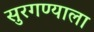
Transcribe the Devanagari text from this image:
सुरगण्याला